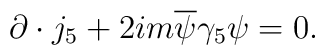
\partial \cdot j_5 +2im \overline{\psi}\gamma_{5}\psi =0.